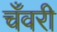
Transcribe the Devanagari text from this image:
चँवरी